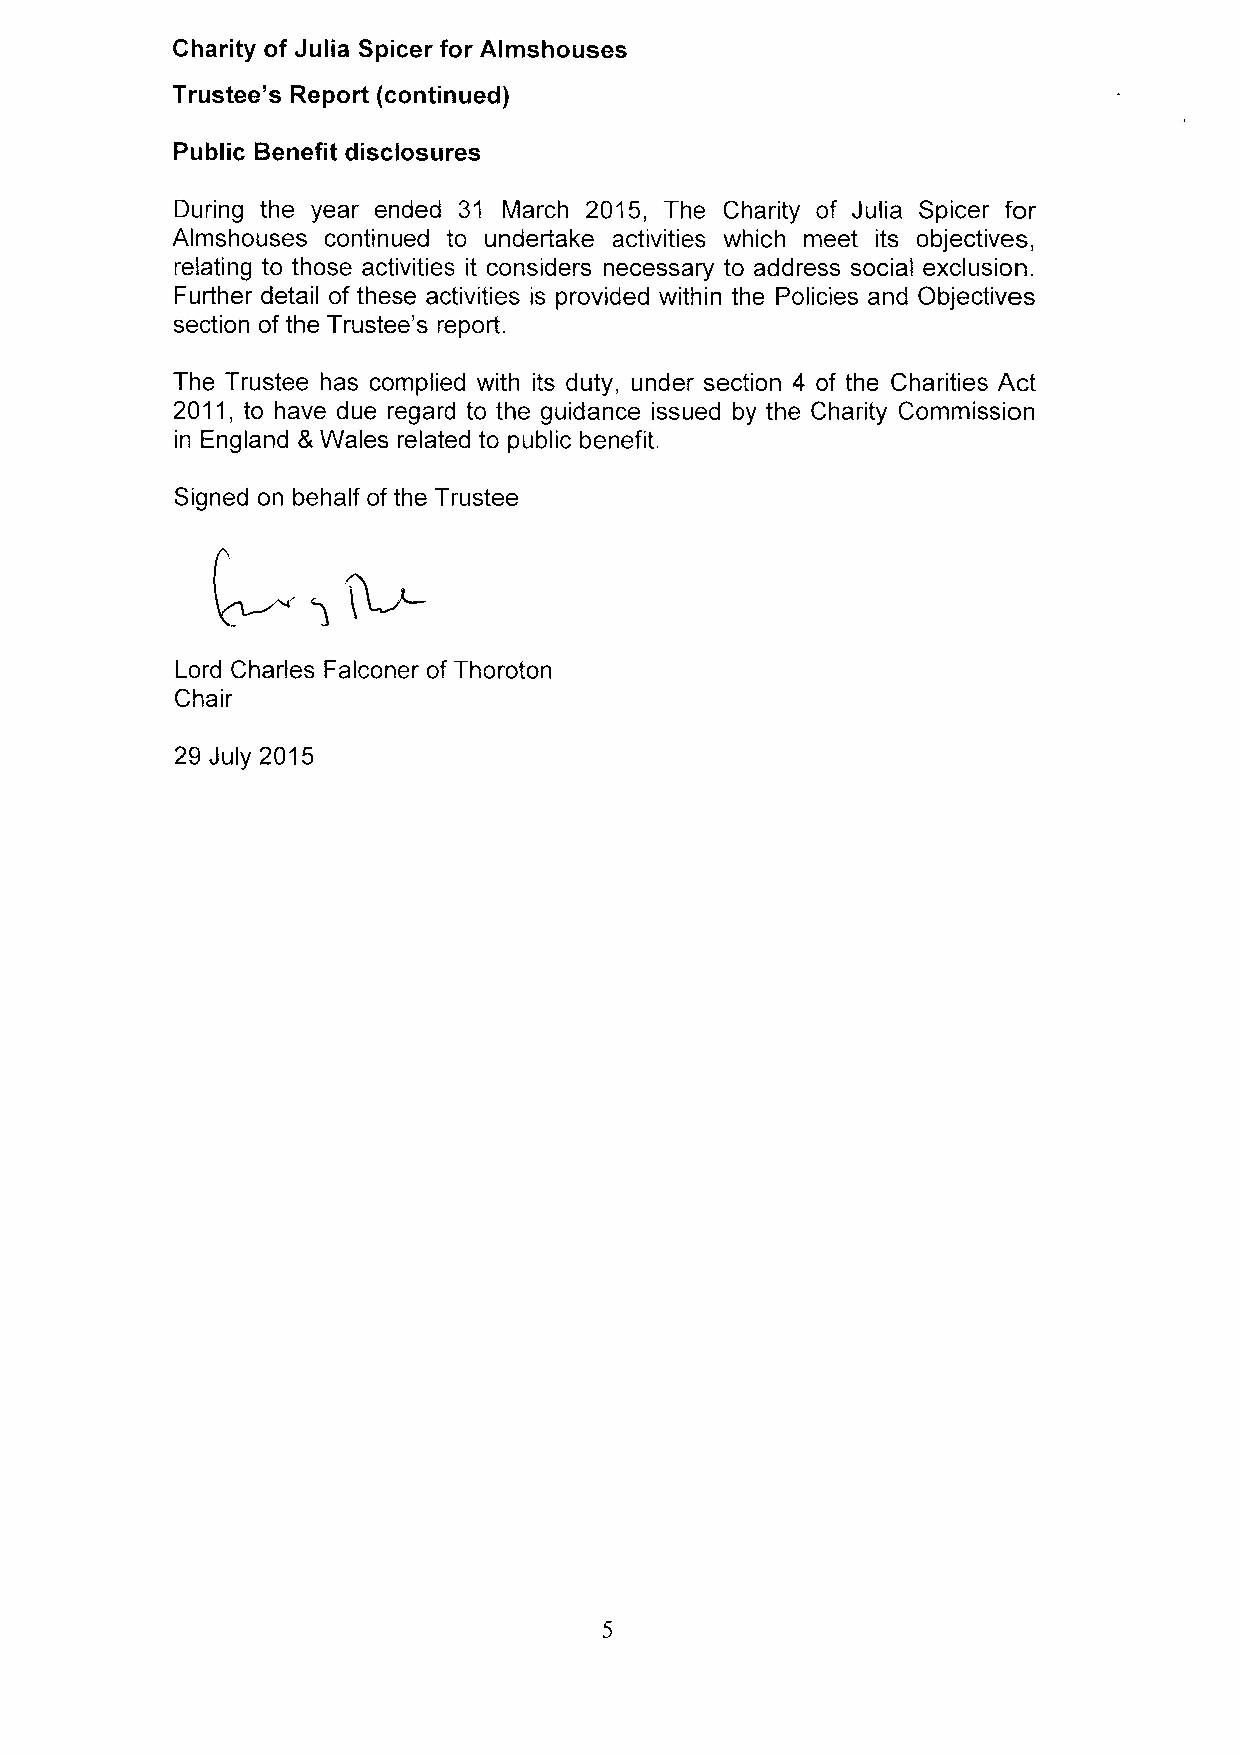
Charity of Julia Spicer for Almshouses
 Trustee's Report (continued)
 Public Benefit disclosures
 During the year ended 31 March 2015, The Charity of Julia Spicer for
 Almshouses continued to undertake activities which meet its objectives,
 relating to those activities it considers necessary to address social exclusion.
 Further detail of these activities is provided within the Policies and Objectives
 section of the Trustee's report.
 The Trustee has complied with its duty, under section 4 of the Charities Act
 2011, to have due regard to the guidance issued by the Charity Commission
 in England 8 Wales related to public benefit.
 Signed on behalf of the Trustee
 Lord Charles Falconer of Thoroton
 Chair
 29 July 2015